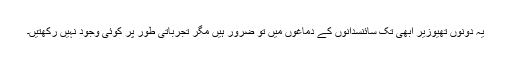
یہ دونوں تھیوزیر ابھی تک سائنسدانوں کے دماغوں میں تو ضرور ہیں مگر تجرباتی طور پر کوئی وجود نہیں رکھتیں۔